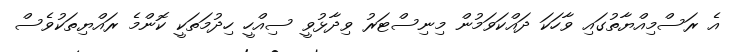
އެ ރަސްމިއްޔާތުގައި ވާހަކަ ދައްކަވަމުން މިނިސްޓަރު ވިދާޅުވީ ސިއްހީ ހިދުމަތަކީ ކޮންމެ ރައްޔިތަކުވެސް